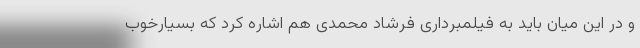
و در این میان باید به فیلمبرداری فرشاد محمدی هم اشاره کرد که بسیارخوب